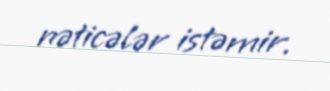
nəticələr istəmir.